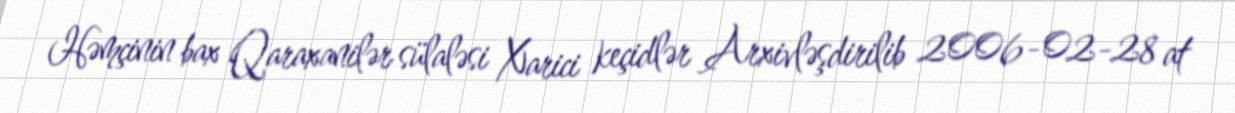
Həmçinin bax Qaraxanilər sülaləsi Xarici keçidlər Arxivləşdirilib 2006-02-28 at